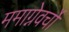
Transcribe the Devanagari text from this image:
ममाग्नेवर्चो